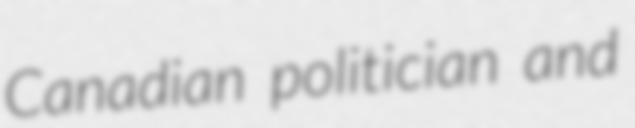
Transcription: Canadian politician and